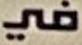
في